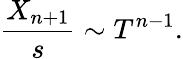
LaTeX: {\frac{X_{n+1}}{s}}\sim T^{n-1}.